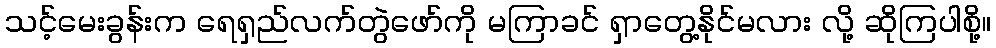
သင့်မေးခွန်းက ရေရှည်လက်တွဲဖော်ကို မကြာခင် ရှာတွေ့နိုင်မလား လို့ ဆိုကြပါစို့။